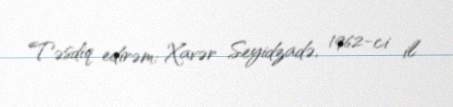
Təsdiq edirəm: Xavər Seyidzadə, 1962-ci il